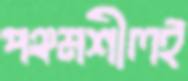
পঞ্চমশীলই